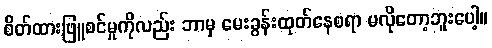
စိတ်ထားဖြူစင်မှုကိုလည်း ဘာမှ မေးခွန်းထုတ်နေစရာ မလိုတော့ဘူးပေါ့။